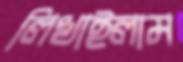
লিখাইলাম